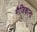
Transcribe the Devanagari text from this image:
मैजिकाना